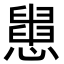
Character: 𢤒